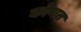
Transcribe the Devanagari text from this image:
कोणत